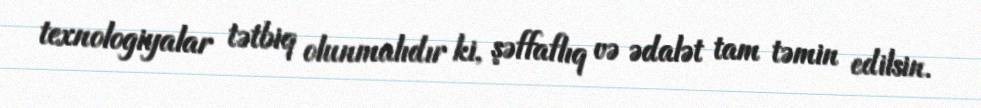
texnologiyalar tətbiq olunmalıdır ki, şəffaflıq və ədalət tam təmin edilsin.